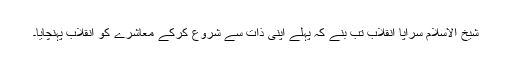
شیخ الاسلام سراپا انقلاب تب بنے کہ پہلے اپنی ذات سے شروع کرکے معاشرے کو انقلاب پہنچایا۔